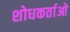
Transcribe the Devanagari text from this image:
शोधकर्ताओ